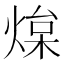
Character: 㷘